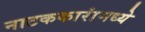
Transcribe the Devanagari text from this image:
नाटककारांमध्ये